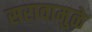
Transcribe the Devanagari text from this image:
सरावामुळे